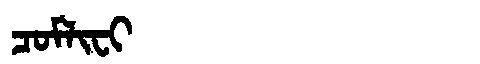
Manchu: ᠴᠣᠮᠯᡳᠸᡳ
Romanization: COMLIFI